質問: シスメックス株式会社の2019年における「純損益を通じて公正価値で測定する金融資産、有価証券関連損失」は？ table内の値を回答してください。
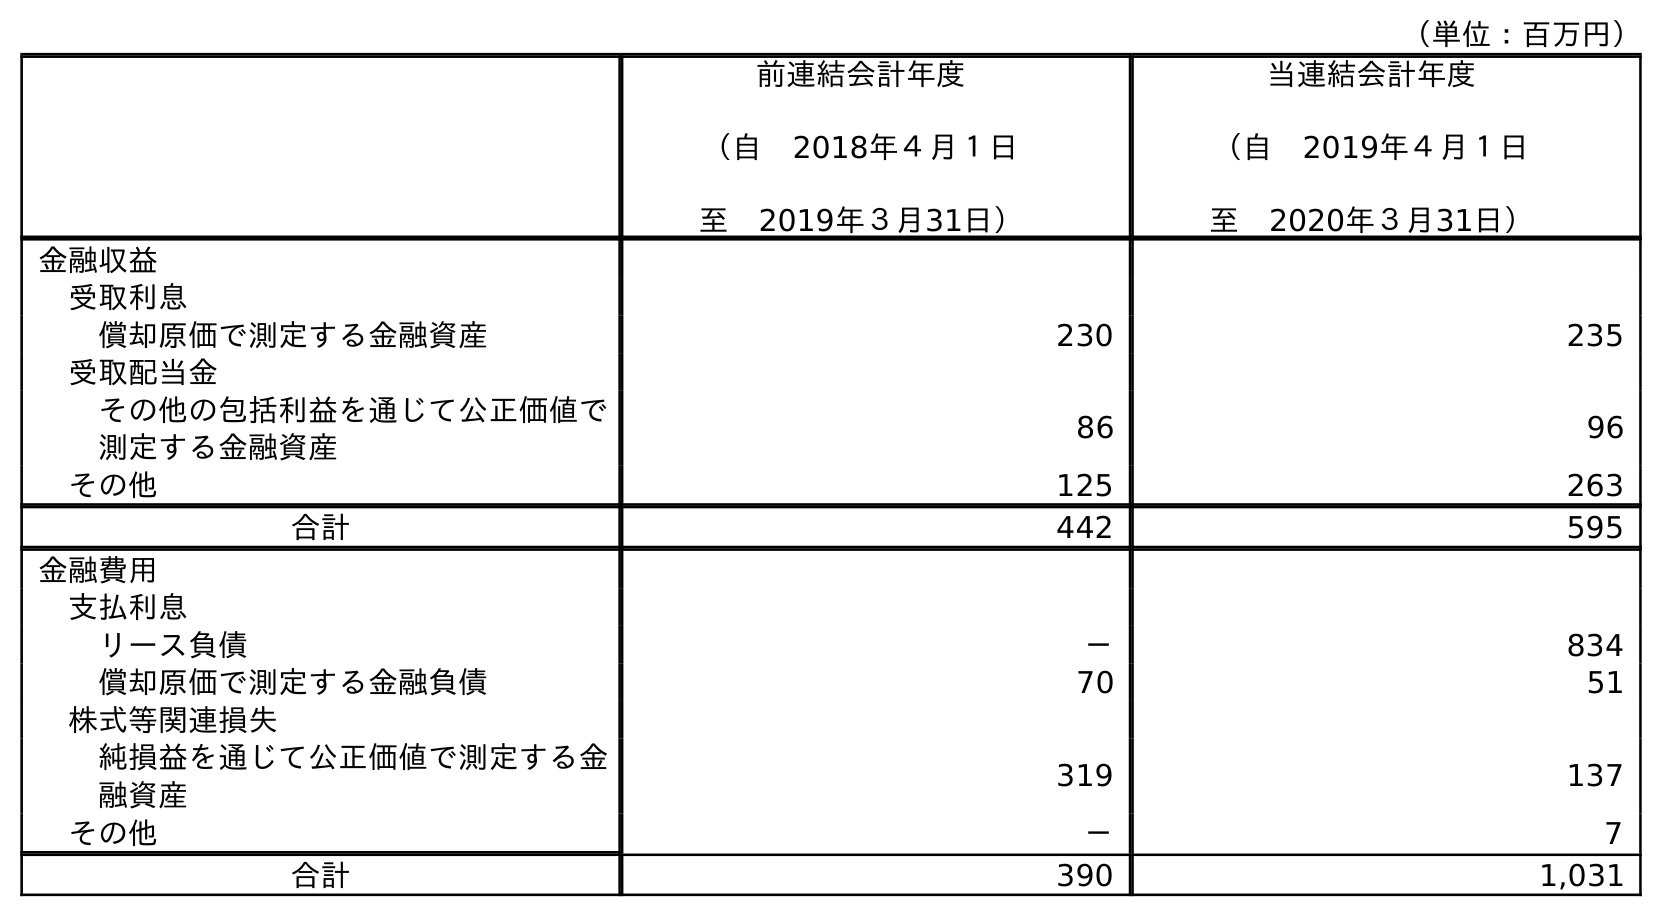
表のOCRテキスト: （単位：百万円） 前連結会計年度 （自 2018年４月１日 至 2019年３月31日） 当連結会計年度 （自 2019年４月１日 至 2020年３月31日） 金融収益 受取利息 償却原価で測定する金融資産 230 235 受取配当金 その他の包括利益を通じて公正価値で 測定する金融資産 86 96 その他 125 263 合計 442 595 金融費用 支払利息 リース負債 － 834 償却原価で測定する金融負債 70 51 株式等関連損失 純損益を通じて公正価値で測定する金 融資産 319 137 その他 － 7 合計 390 1,031
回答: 319